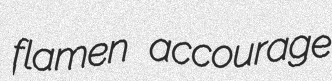
flamen accourage